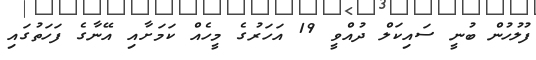
ފުލުހުން ބުނީ ސައިކަލް ދުއްވީ 19 އަހަރުގެ މީހެއް ކަމަށާއި އޭނާގެ ފަހަތުގައި